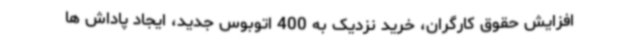
افزایش حقوق کارگران، خرید نزدیک به 400 اتوبوس جدید، ایجاد پاداش ها